Civil Veterinary Dept. Bombay admin report 1932-41 - 1932-1941
Year: 1932
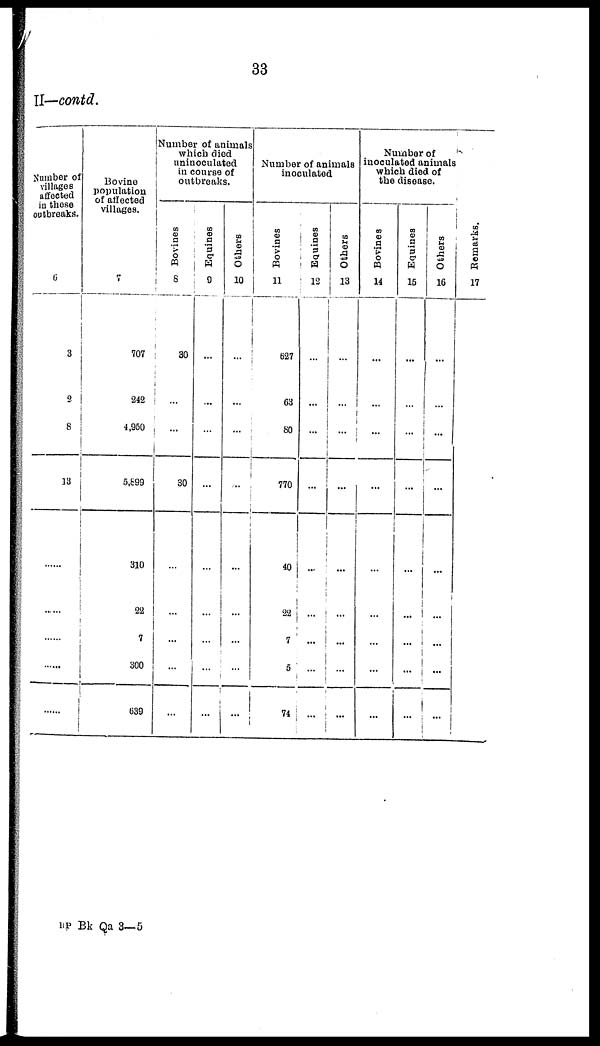
33
II—contd.
Number of
villages
affected
in these
outbreaks.
6
3
2
8
33
......
......
......
......
......
Bovine
population
of affected
villages.
7
707
242
4,950
5,899
310
22
7
300
639
Number of animals
which died
uninoculated
in course of
outbreaks.
Bo vines
8
30
...
...
30
...
...
...
...
...
Equines
9
...
...
...
...
...
...
...
...
...
Others
10
...
...
...
...
...
...
...
...
...
Number of animals
inoculated
Bovines
11
627
63
80
770
40
22
7
5
74
Equines
12
...
...
...
...
...
...
...
...
...
Others
13
...
...
...
...
...
...
...
...
...
Number of
inoculated animals
which died of
the disease.
Bovines
14
...
...
...
...
...
...
...
...
...
Equines
15
...
...
...
...
...
...
...
...
...
Others
16
...
...
...
...
...
...
...
...
...
Remarks.
17
RP Bk Qa 3—5